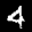
Label: 4